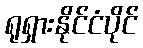
ရုရှားနိုင်ငံပိုင်